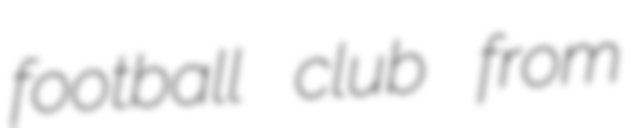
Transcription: football club from